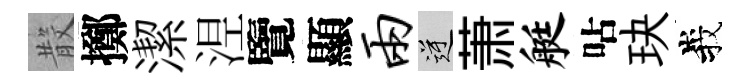
𣪚擲潔𣵀覽顯两逆萧艇呫玦峩